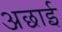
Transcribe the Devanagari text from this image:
अछाई